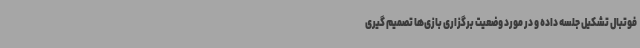
فوتبال تشکیل جلسه داده و در مورد وضعیت برگزاری بازی‌ها تصمیم گیری